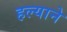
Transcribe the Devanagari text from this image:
हल्याने